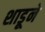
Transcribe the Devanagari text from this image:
शाडूने